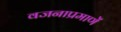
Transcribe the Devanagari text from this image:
वजनाप्रमाणें